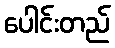
ပေါင်းတည်